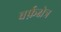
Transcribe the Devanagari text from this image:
बर्फ़क्षेत्र